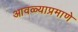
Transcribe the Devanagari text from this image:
आवळ्याप्रमाणे